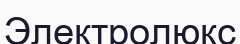
Электролюкс